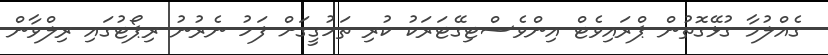
ގެއްލުމާ ގުޅޭގޮތުން ޕްރައިވެޓް އިންވެސްޓިގޭޓަރަކު ކުރި ތަހުގީގަށް ފަހު ނެރުނު ރިޕޯޓުގައި ރިލްވާން